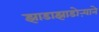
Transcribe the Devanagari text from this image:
झाडाझाडोऱ्याने